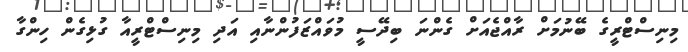
މިނިސްޓްރީގެ ބޭނުމަށް ރާއްޖެއަށް ގެންނަ ބިދޭސީ މުވައްޒަފުންނާއި އަދި މިނިސްޓްރީއާ ގުޅިގެން ހިންގާ